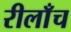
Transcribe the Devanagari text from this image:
रीलाँच